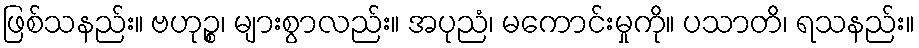
ဖြစ်သနည်း။ ဗဟုဉ္စ၊ များစွာလည်း။ အပုညံ၊ မကောင်းမှုကို။ ပသာတိ၊ ရသနည်း။